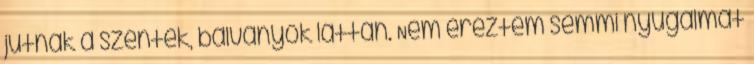
jutnak a szentek, bálványok láttán. Nem éreztem semmi nyugalmat